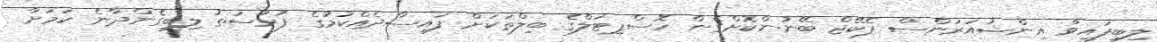
ލިބިފައިވާ އިންޝުއަރަންސް ޕެކޭޖް ބޭނުންކޮށްގެން ހޮސްޕިޓަލްގެ ބިލްތަކަށް ފައިސާދެއްކުމުގެ ފުރުސަތު ލިބިގެންދާނެ ކަމަށާ